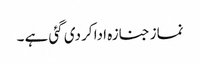
نماز جنازہ ادا کر دی گئی ہے ۔